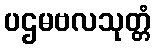
ပဌမဗလသုတ္တံ